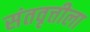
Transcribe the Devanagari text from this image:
संतवृत्तीला